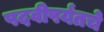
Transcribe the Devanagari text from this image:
पदवीपर्यंतचेे